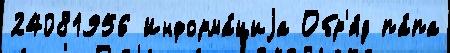
24081956 Информа́циjа Обр'я́д па́па